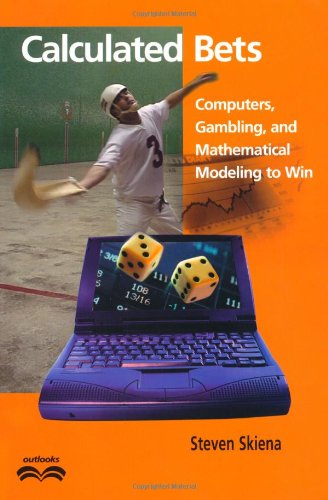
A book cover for Calculated Bets: Computers, Gambling, and Mathematical Modeling to Win (Outlooks); Steven Skiena; Computers & Technology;